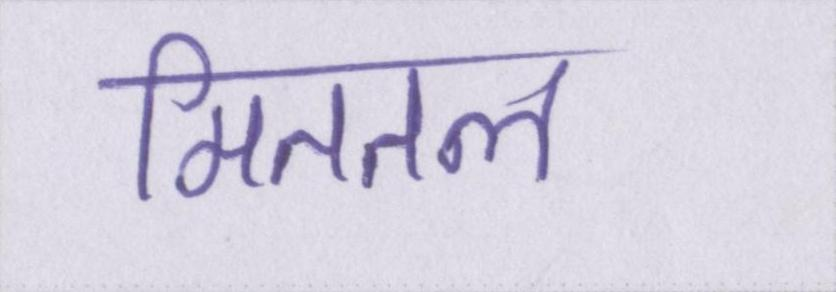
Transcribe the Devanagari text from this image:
मिततल